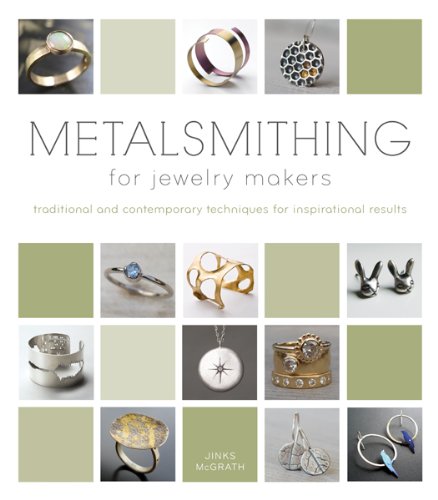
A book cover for Metalsmithing for Jewelry Makers: Traditional and Contemporary Techniques for Inspirational Results; Jinks McGrath; Crafts, Hobbies & Home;